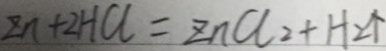
Z n + 2 H C l = Z n C l _ { 2 } + H _ { 2 } \uparrow